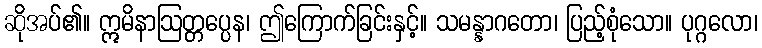
ဆိုအပ်၏။ ဣမိနာဩတ္တပ္ပေန၊ ဤကြောက်ခြင်းနှင့်။ သမန္နာဂတော၊ ပြည့်စုံသော။ ပုဂ္ဂလော၊